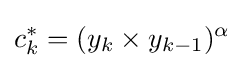
c_{k}^{\ast }=(y_{k}\times y_{k-1})^{\alpha }